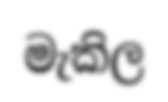
මැකිල